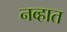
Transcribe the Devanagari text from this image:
नव्हात